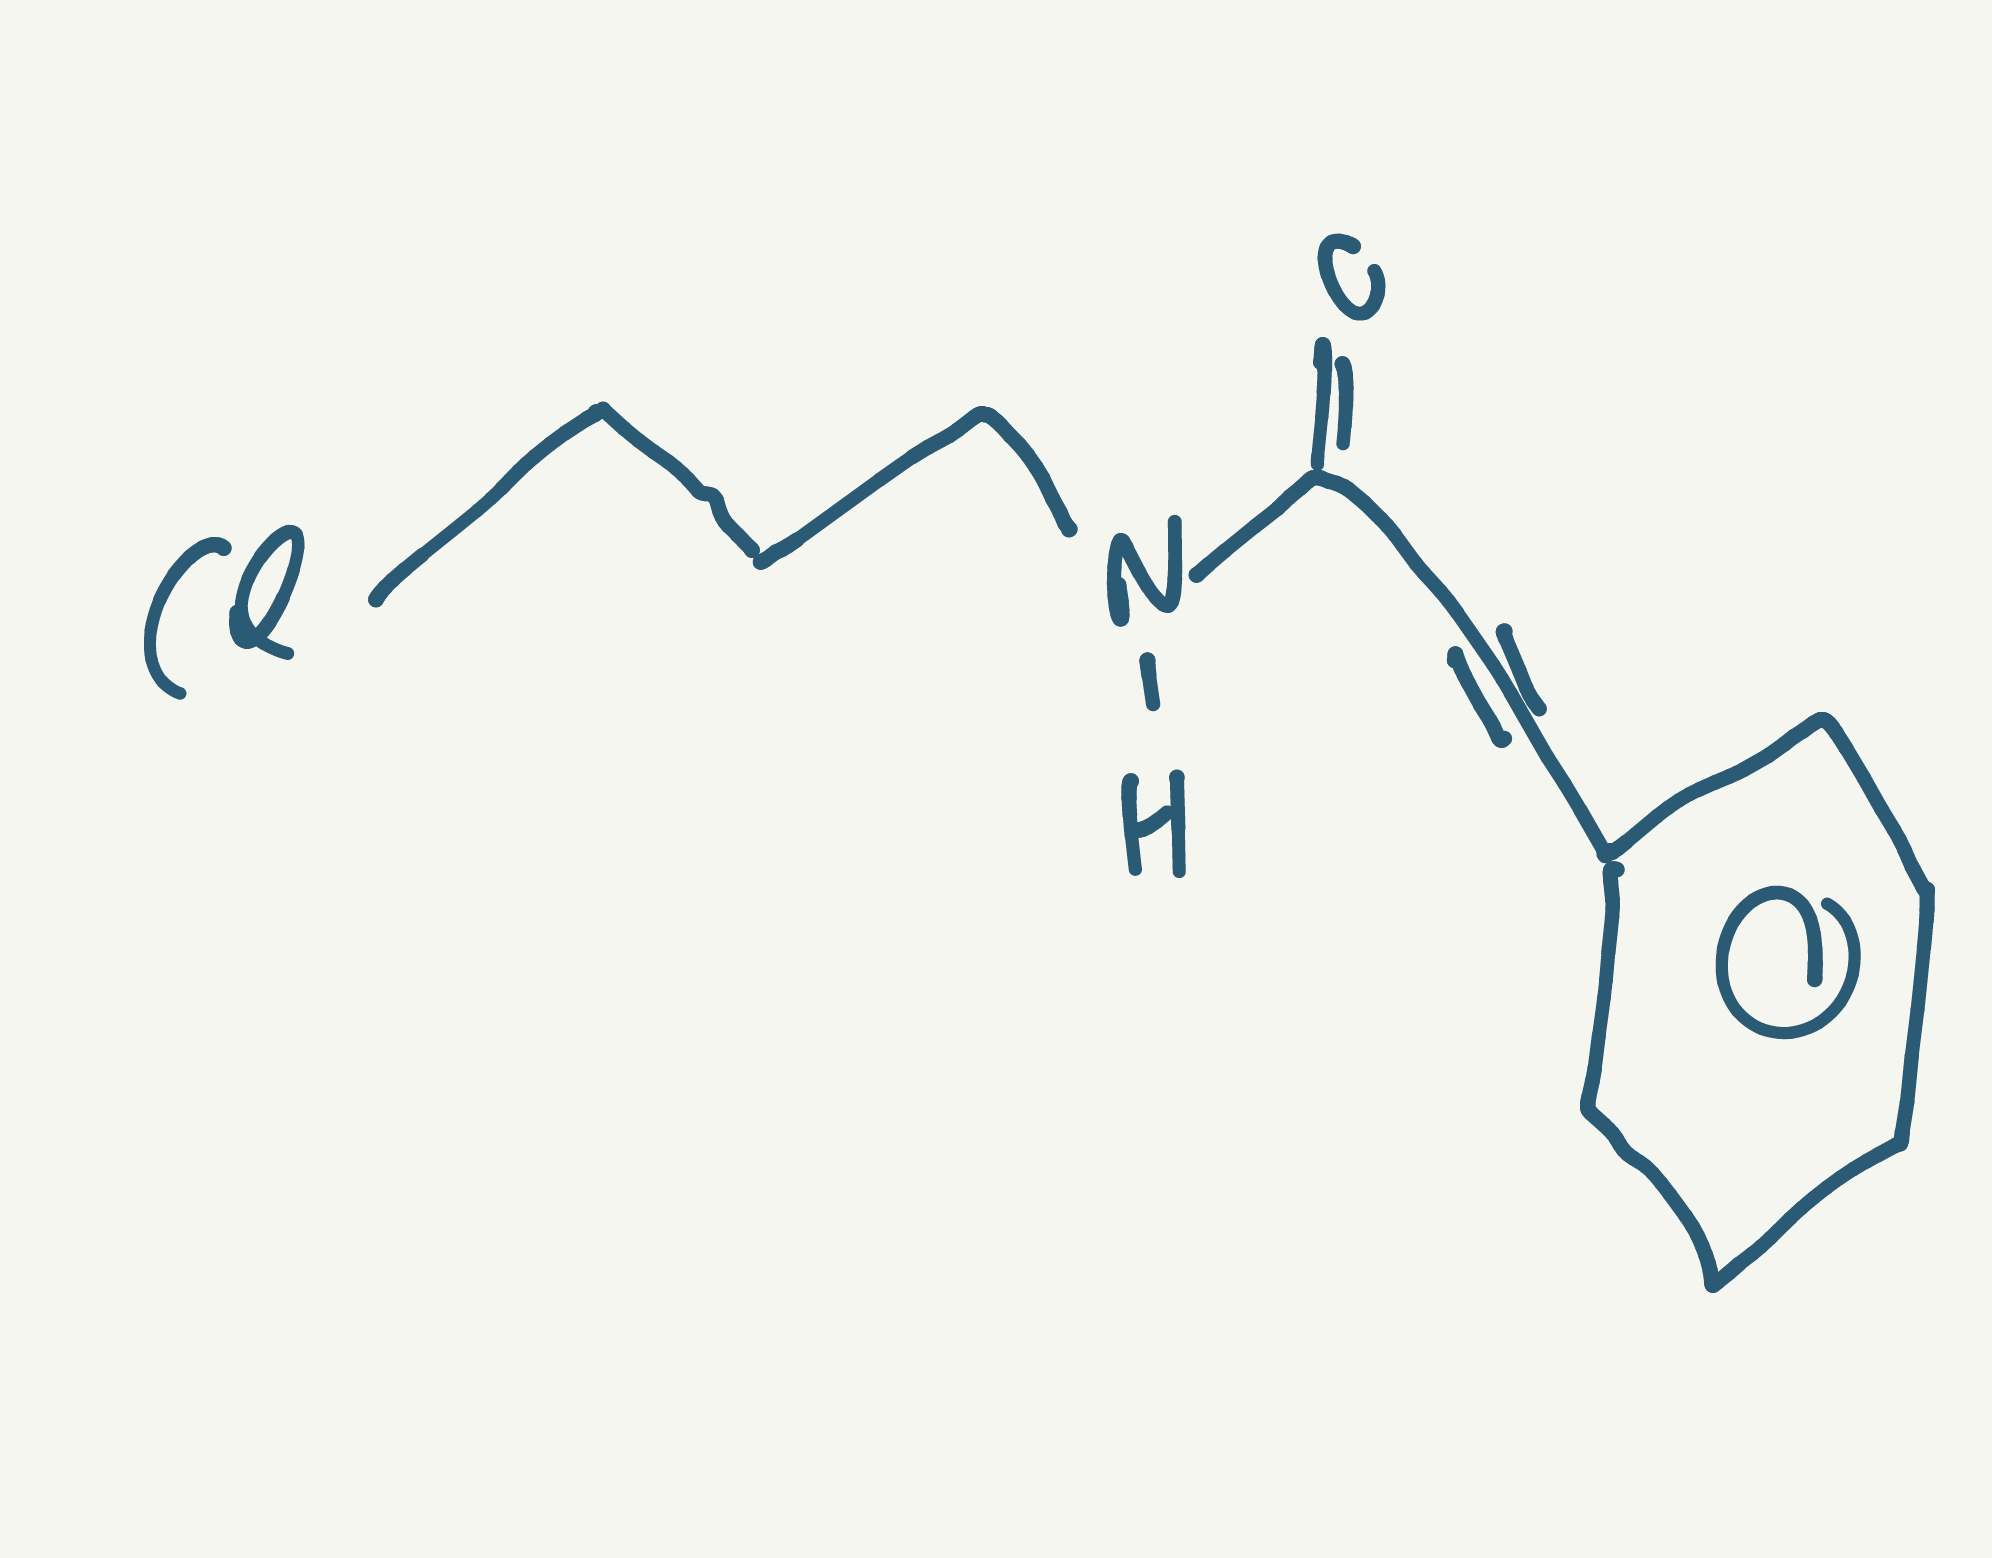
Simplified molecular-input line-entry system (SMILES) notation of the given molecule:
C1=CC=C(C=C1)C#CC(=O)NCCCCl